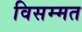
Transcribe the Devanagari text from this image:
विसम्मत